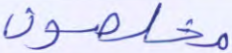
مخلصون